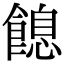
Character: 䭒